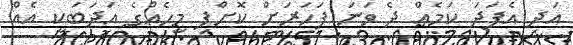
އަދި އެފަދަ ކަމެއް ދެ ވަނަ ފަހަރަށް ކޮށްފި މީހެއްގެ އަދަބަކީ އެއް